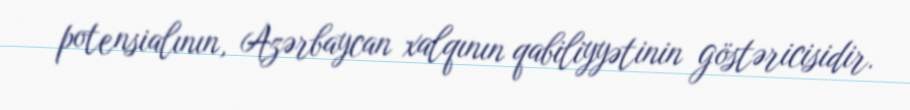
potensialının, Azərbaycan xalqının qabiliyyətinin göstəricisidir.